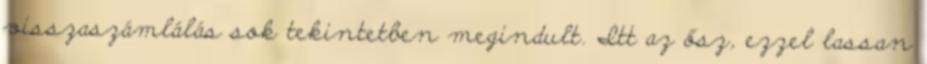
visszaszámlálás sok tekintetben megindult. Itt az ősz, ezzel lassan